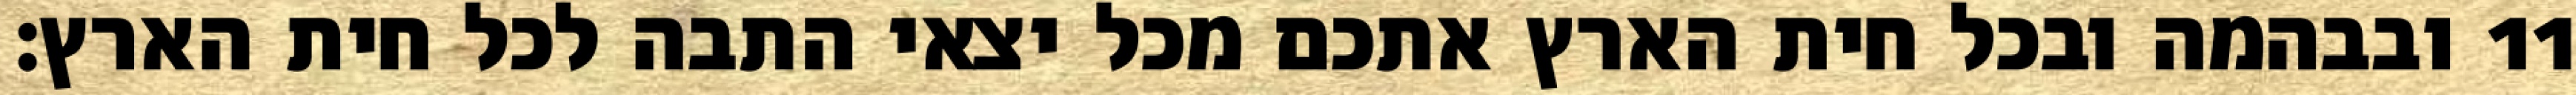
ובבהמה ובכל חית הארץ אתכם מכל יצאי התבה לכל חית הארץ׃ ‎11‏